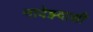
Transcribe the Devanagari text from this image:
नादेझ्दाशी